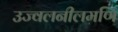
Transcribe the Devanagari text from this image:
उज्वलनीलमणि